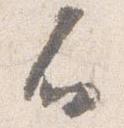
不